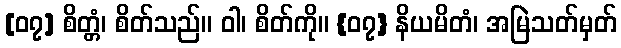
[၀၇] စိတ္တံ၊ စိတ်သည်။ ဝါ၊ စိတ်ကို။ {၀၇} နိယမိတံ၊ အမြဲသတ်မှတ်